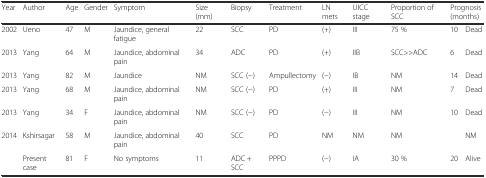
<table><thead><tr><td><b>Year</b></td><td><b>Author</b></td><td><b>Age</b></td><td><b>Gender</b></td><td><b>Symptom</b></td><td><b>Size (mm)</b></td><td><b>Biopsy</b></td><td><b>Treatment</b></td><td><b>LN mets</b></td><td><b>UICC stage</b></td><td><b>Proportion of SCC</b></td><td colspan="2"><b>Prognosis (months)</b></td></tr></thead><tbody><tr><td>2002</td><td>Ueno</td><td>47</td><td>M</td><td>Jaundice, general fatigue</td><td>22</td><td>SCC</td><td>PD</td><td>(+)</td><td>III</td><td>75 %</td><td>10</td><td>Dead</td></tr><tr><td>2013</td><td>Yang</td><td>64</td><td>M</td><td>Jaundice, abdominal pain</td><td>34</td><td>ADC</td><td>PD</td><td>(+)</td><td>IIB</td><td>SCC&gt;&gt;ADC</td><td>6</td><td>Dead</td></tr><tr><td>2013</td><td>Yang</td><td>82</td><td>M</td><td>Jaundice</td><td>NM</td><td>SCC (−)</td><td>Ampullectomy</td><td>(−)</td><td>IB</td><td>NM</td><td>14</td><td>Dead</td></tr><tr><td>2013</td><td>Yang</td><td>68</td><td>M</td><td>Jaundice, abdominal pain</td><td>NM</td><td>SCC (−)</td><td>PD</td><td>(+)</td><td>III</td><td>NM</td><td>7</td><td>Dead</td></tr><tr><td>2013</td><td>Yang</td><td>34</td><td>F</td><td>Jaundice, abdominal pain</td><td>NM</td><td>SCC (−)</td><td>PD</td><td>(−)</td><td>III</td><td>NM</td><td>10</td><td>Dead</td></tr><tr><td>2014</td><td>Kshirsagar</td><td>58</td><td>M</td><td>Jaundice, abdominal pain</td><td>40</td><td>SCC</td><td>PD</td><td>NM</td><td>NM</td><td>NM</td><td></td><td>NM</td></tr><tr><td></td><td>Present case</td><td>81</td><td>F</td><td>No symptoms</td><td>11</td><td>ADC + SCC</td><td>PPPD</td><td>(−)</td><td>IA</td><td>30 %</td><td>20</td><td>Alive</td></tr></tbody></table>